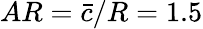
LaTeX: AR=\bar{c}/R=1.5